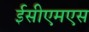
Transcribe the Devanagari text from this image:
ईसीएमएस